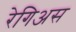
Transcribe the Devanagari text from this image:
रेगिअस